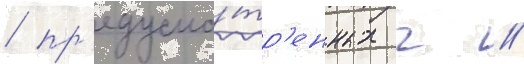
/ пр'едусмо́тр'енных ч //